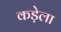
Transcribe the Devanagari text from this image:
कड़ेला